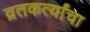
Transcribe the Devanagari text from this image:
व्रतकर्त्यांचा